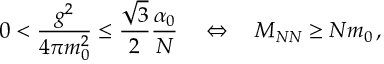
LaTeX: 0 < \frac { g ^ { 2 } } { 4 \pi m _ { 0 } ^ { 2 } } \leq \frac { \sqrt { 3 } } { 2 } \frac { \alpha _ { 0 } } { N } \quad \Leftrightarrow \quad M _ { N N } \geq N m _ { 0 } \, ,